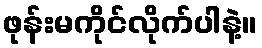
ဖုန်းမကိုင်လိုက်ပါနဲ့။